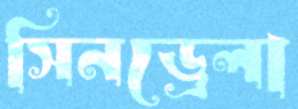
সিনড্রেলা